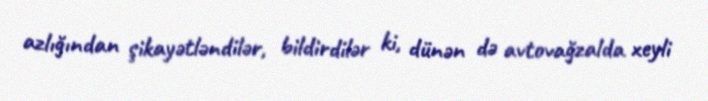
azlığından şikayətləndilər, bildirdilər ki, dünən də avtovağzalda xeyli